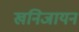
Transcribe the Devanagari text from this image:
खनिजायन